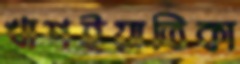
খাশইয়াতিকা